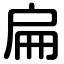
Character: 扁